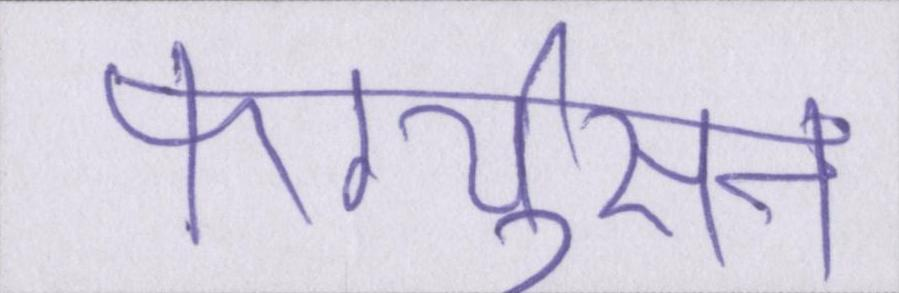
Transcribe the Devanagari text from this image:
फर्ग्युसन